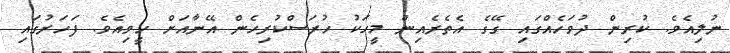
ނުލިއެވެ. ކުރިން ދުވަހެއްގައި ގޭގެ އެތެރެއިން މީހަކު ހުރަސްކުރިހެން އޭނާއަށް ހީވިއެވެ. ފަހަރުގައި